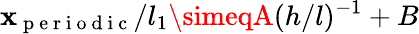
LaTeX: \mathbf{x}_{\mathrm{{~p~e~r~i~o~d~i~c~}}}/l_{1}\simeqA(h/l)^{-1}+B